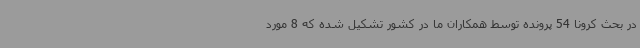
در بحث کرونا 54 پرونده توسط همکاران ما در کشور تشکیل شده که 8 مورد